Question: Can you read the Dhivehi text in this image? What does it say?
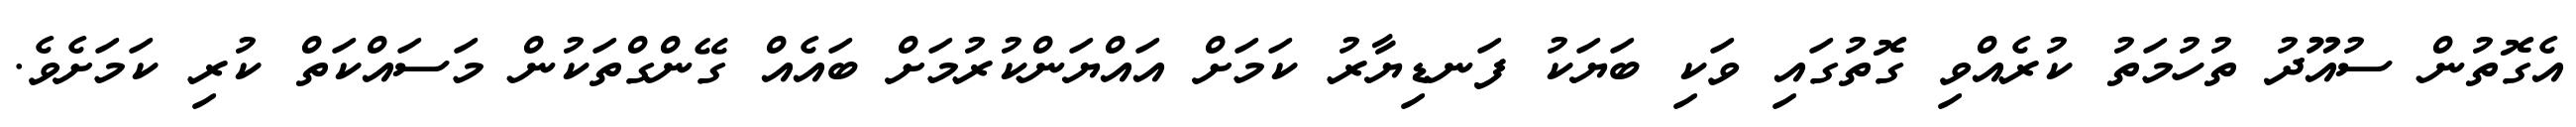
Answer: އެގޮތުން ސުއޫދު ތުހުމަތު ކުރެއްވި ގޮތުގައި ވަކި ބަޔަކު ފަނޑިޔާރު ކަމަށް އައްޔަންކުރުމަށް ބައެއް ގޭންގްތަކުން މަސައްކަތް ކުރި ކަމަށެވެ.